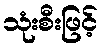
သုံးစီးဖြင့်